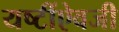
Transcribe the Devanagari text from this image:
यष्टींऐवजी